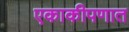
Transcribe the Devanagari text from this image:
एकाकीपणात